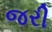
જરી